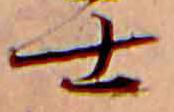
士